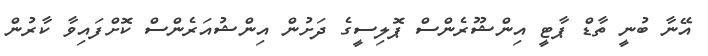
އޭނާ ބުނީ ތާޑް ޕާޓީ އިންޝޫރެންސް ޕޮލިސީގެ ދަށުން އިންޝުއަރެންސް ކޮށްފައިވާ ކާރުން